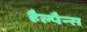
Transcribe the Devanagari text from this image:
हैल्पैन्स